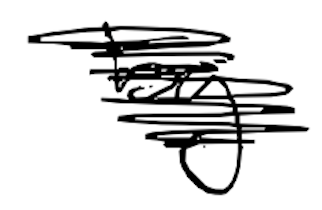
Text: by
Cross-out: scratch
Writing tool: digital_black